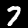
Label: 7